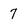
Character: 7